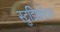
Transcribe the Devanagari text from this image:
स्टुडिओतच